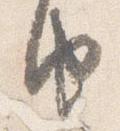
由